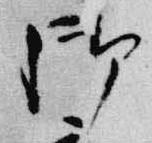
御